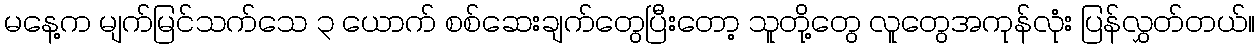
မနေ့က မျက်မြင်သက်သေ ၃ ယောက် စစ်ဆေးချက်တွေပြီးတော့ သူတို့တွေ လူတွေအကုန်လုံး ပြန်လွှတ်တယ်။